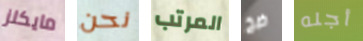
مايكلز نحن المرتب ضخ أجله